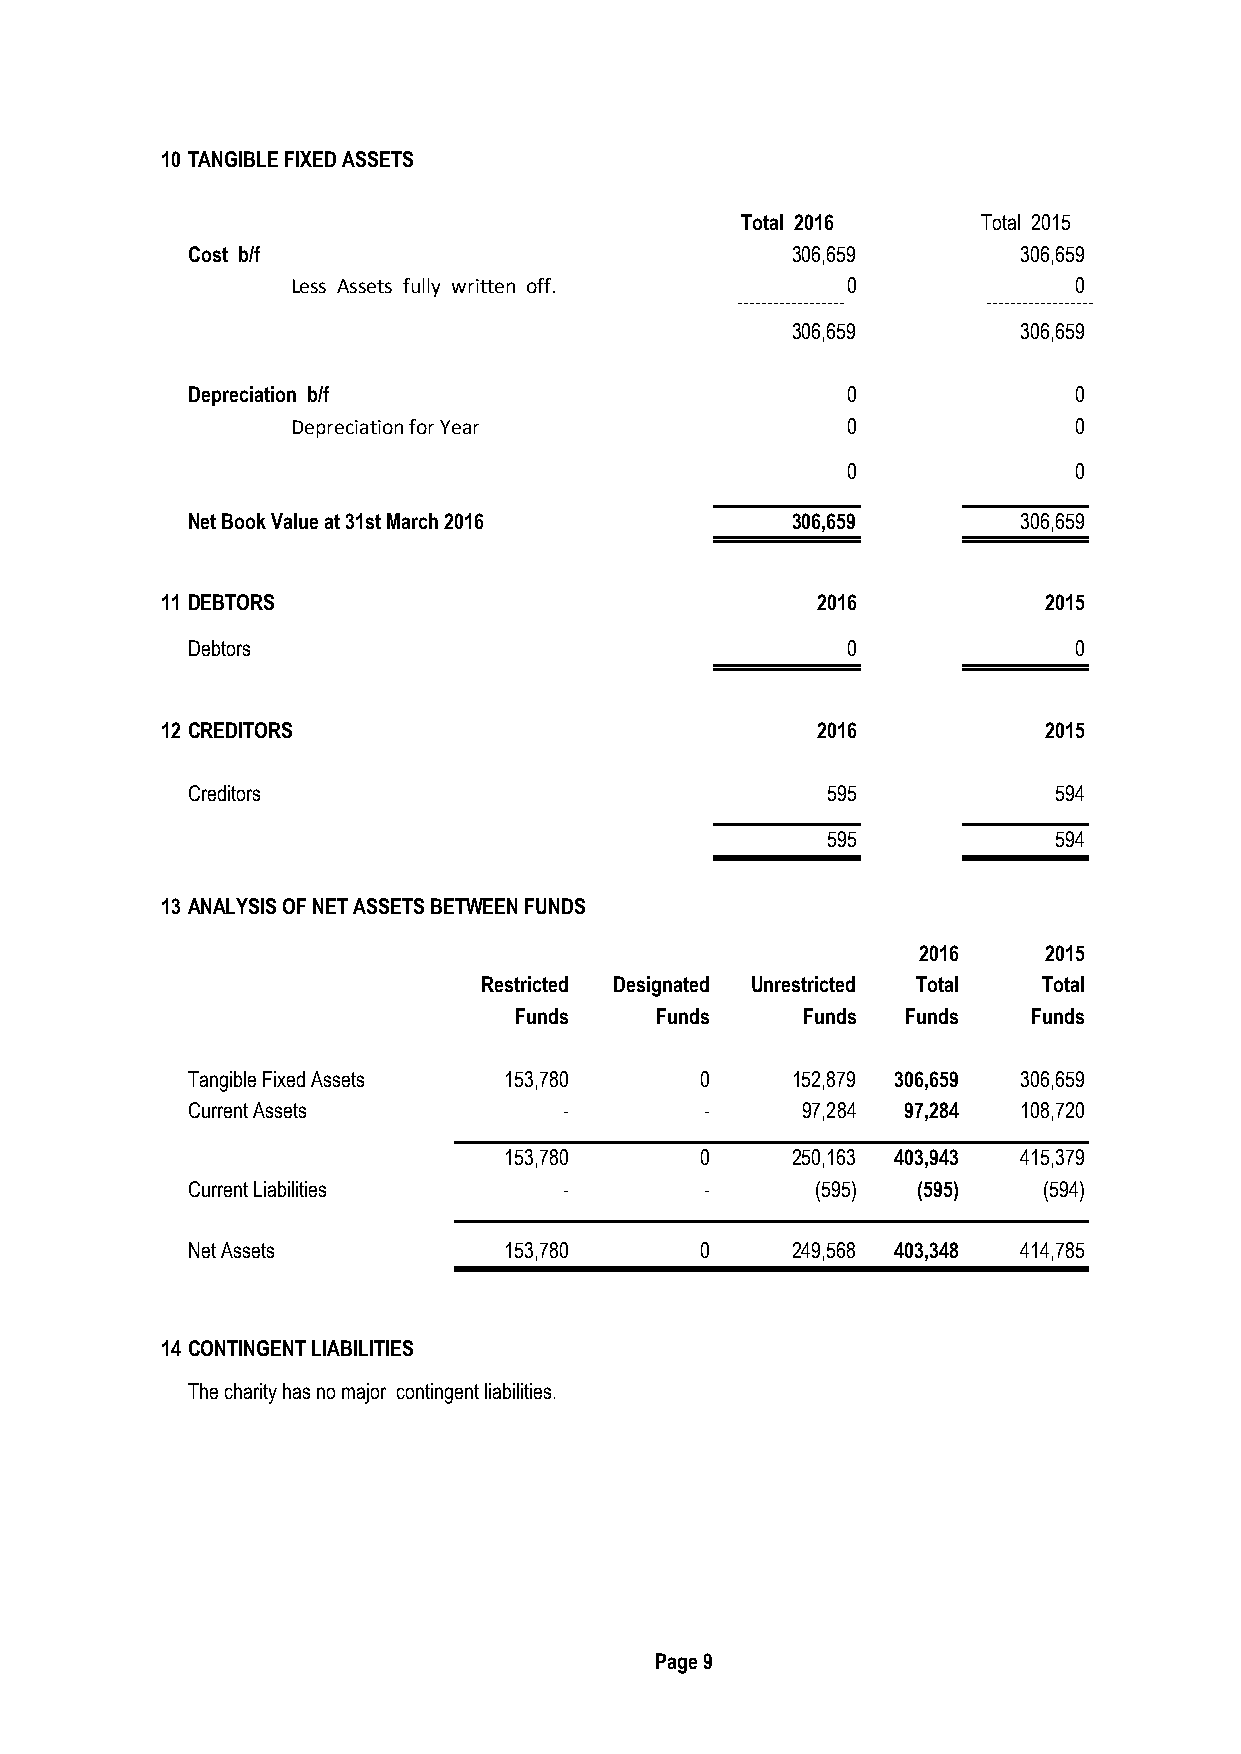
10 TANGIBLE FIXED ASSETS
 Total 2016      Total 2015
 Cost b/f                                306,659        306,659
 Less Assets fully written off.       0              0
 ------------------ ------------------
 306,659        306,659
 Depreciation b/f                            0              0
 Depreciation for Year                0              0
 ------------------ ------------------
 0              0
 Net Book Value at 31st March 2016       306,659        306,659
 11 DEBTORS                                 2016           2015
 Debtors                                     0              0
 12 CREDITORS                               2016           2015
 Creditors                                  595            594
 595            594
 13 ANALYSIS OF NET ASSETS BETWEEN FUNDS
 2016    2015
 Restricted Designated Unrestricted Total Total
 Funds    Funds     Funds  Funds   Funds
 Tangible Fixed Assets 153,780     0     152,879 306,659 306,659
 Current Assets           -         -     97,284 97,284 108,720
 153,780      0     250,163 403,943 415,379
 Current Liabilities      -         -      (595)  (595)   (594)
 Net Assets           153,780      0     249,568 403,348 414,785
 14 CONTINGENT LIABILITIES
 The charity has no major contingent liabilities.
 Page 9